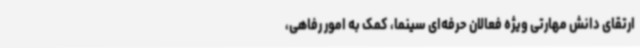
ارتقای دانش مهارتی ویژه فعالان حرفه‌ای سینما، کمک به امور رفاهی،